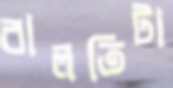
বালতিটা